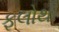
ફૂલોથી